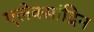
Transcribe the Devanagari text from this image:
एलेक्सांद्रिन